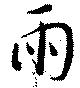
雨